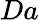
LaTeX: Da